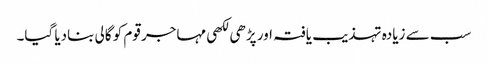
سب سے زیادہ تہذیب یافتہ اور پڑھی لکھی مہاجر قوم کو گالی بنادیا گیا۔